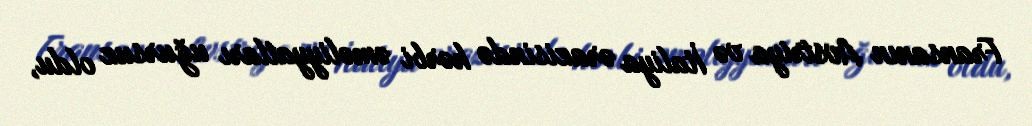
Fransanın Avstriya və İtaliya ərazisində hərbi əməliyyatları uğursuz oldu,